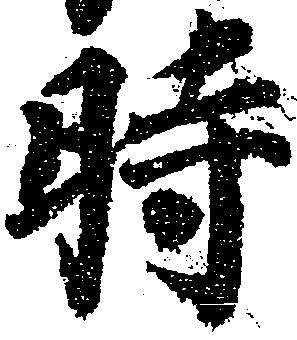
時